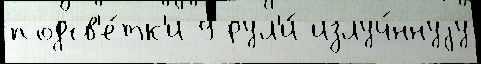
подсв'е́тк'и 9 рул'и́ излуч́ннуjу